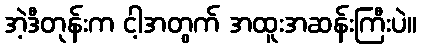
အဲ့ဒီတုန်းက ငါ့အတွက် အထူးအဆန်းကြီးပဲ။